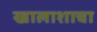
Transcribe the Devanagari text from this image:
खालाशाचा